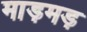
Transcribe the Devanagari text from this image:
माड़मड़